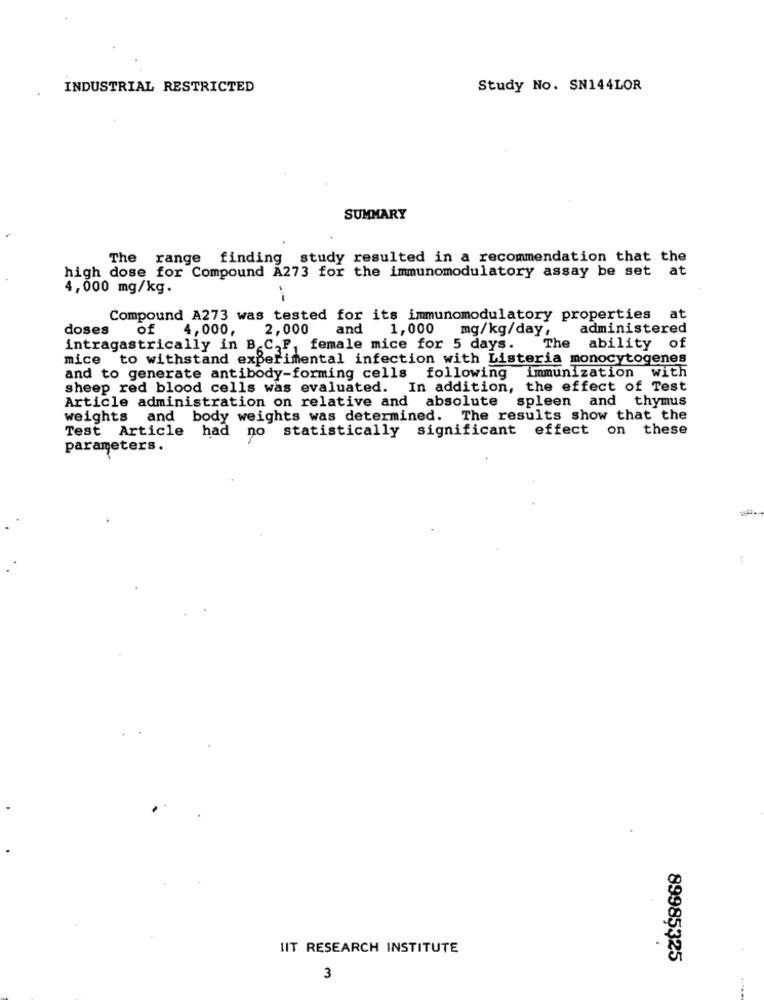
INDUSTRIAL RESTRICTED
Study No. SN144LOR
SUMMARY
The range finding study resulted in a recommendation that the
high dose for Compound A273 for the immunomodulatory assay be set at
4,000 mg/kg.
.-
Compound A273 was tested for its immunomodulatory properties at
doses
of
4,000,
2,000
and 1,000 mg/kg/day,
administered
intragastrically in B.C,F, female mice for 5 days.
The ability of
mice to withstand experimental infection with Listeria monocytogenes
and to generate antibody-forming cells following immunization with
sheep red blood cells was evaluated. In addition, the effect of Test
Article administration on relative and absolute spleen and thymus
weights and body weights was determined. The results show that the
Test Article had no statistically significant effect on these
parameters.
IIT RESEARCH INSTITUTE
89985325
3